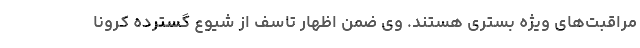
مراقبت‌های ویژه بستری هستند. وی ضمن اظهار تاسف از شیوع گسترده کرونا